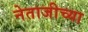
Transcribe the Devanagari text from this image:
नेताजीच्या